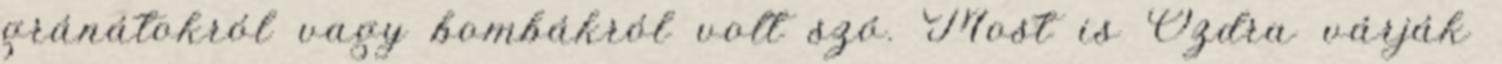
gránátokról vagy bombákról volt szó. Most is Ózdra várják